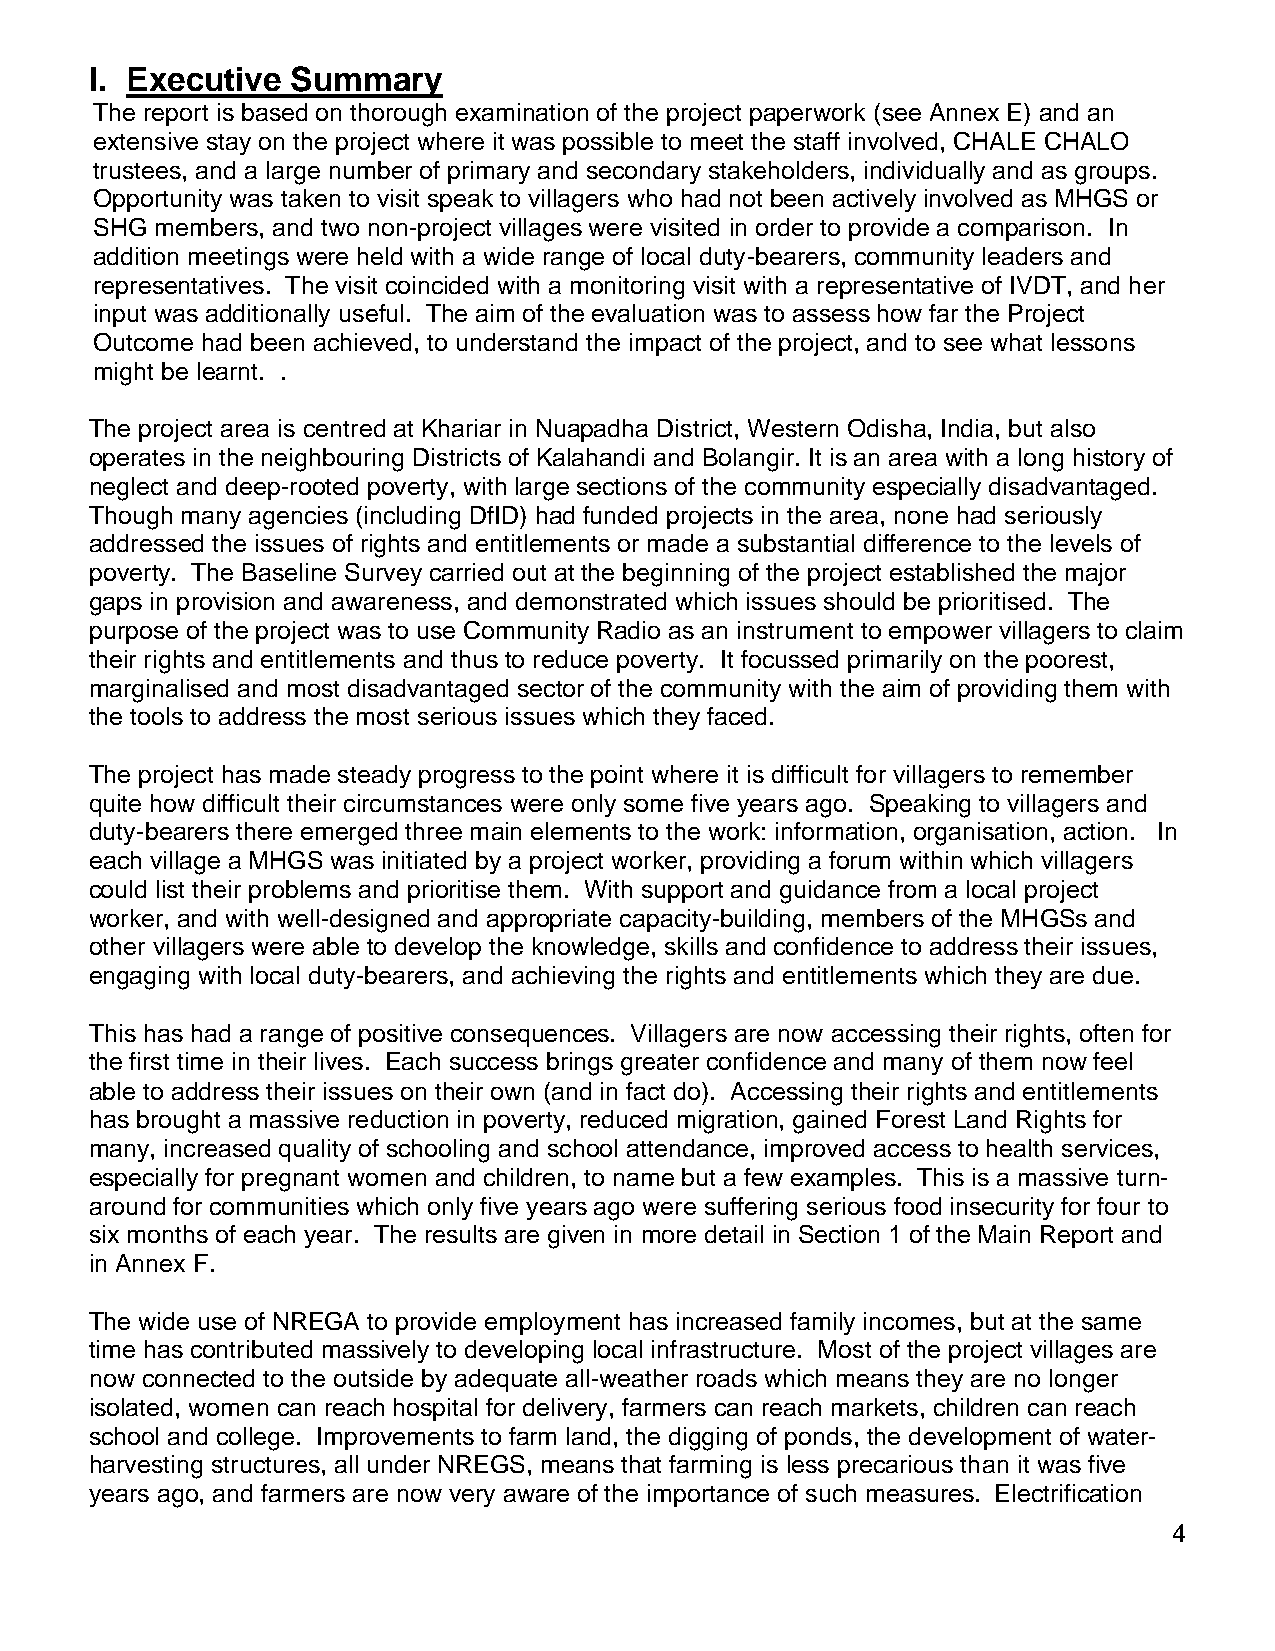
I. Executive Summary
 The report is based on thorough examination of the project paperwork (see Annex E) and an
 extensive stay on the project where it was possible to meet the staff involved, CHALE CHALO
 trustees, and a large number of primary and secondary stakeholders, individually and as groups.
 Opportunity was taken to visit speak to villagers who had not been actively involved as MHGS or
 SHG members, and two non-project villages were visited in order to provide a comparison. In
 addition meetings were held with a wide range of local duty-bearers, community leaders and
 representatives. The visit coincided with a monitoring visit with a representative of IVDT, and her
 input was additionally useful. The aim of the evaluation was to assess how far the Project
 Outcome had been achieved, to understand the impact of the project, and to see what lessons
 might be learnt. .
 The project area is centred at Khariar in Nuapadha District, Western Odisha, India, but also
 operates in the neighbouring Districts of Kalahandi and Bolangir. It is an area with a long history of
 neglect and deep-rooted poverty, with large sections of the community especially disadvantaged.
 Though many agencies (including DfID) had funded projects in the area, none had seriously
 addressed the issues of rights and entitlements or made a substantial difference to the levels of
 poverty. The Baseline Survey carried out at the beginning of the project established the major
 gaps in provision and awareness, and demonstrated which issues should be prioritised. The
 purpose of the project was to use Community Radio as an instrument to empower villagers to claim
 their rights and entitlements and thus to reduce poverty. It focussed primarily on the poorest,
 marginalised and most disadvantaged sector of the community with the aim of providing them with
 the tools to address the most serious issues which they faced.
 The project has made steady progress to the point where it is difficult for villagers to remember
 quite how difficult their circumstances were only some five years ago. Speaking to villagers and
 duty-bearers there emerged three main elements to the work: information, organisation, action. In
 each village a MHGS was initiated by a project worker, providing a forum within which villagers
 could list their problems and prioritise them. With support and guidance from a local project
 worker, and with well-designed and appropriate capacity-building, members of the MHGSs and
 other villagers were able to develop the knowledge, skills and confidence to address their issues,
 engaging with local duty-bearers, and achieving the rights and entitlements which they are due.
 This has had a range of positive consequences. Villagers are now accessing their rights, often for
 the first time in their lives. Each success brings greater confidence and many of them now feel
 able to address their issues on their own (and in fact do). Accessing their rights and entitlements
 has brought a massive reduction in poverty, reduced migration, gained Forest Land Rights for
 many, increased quality of schooling and school attendance, improved access to health services,
 especially for pregnant women and children, to name but a few examples. This is a massive turn-
 around for communities which only five years ago were suffering serious food insecurity for four to
 six months of each year. The results are given in more detail in Section 1 of the Main Report and
 in Annex F.
 The wide use of NREGA to provide employment has increased family incomes, but at the same
 time has contributed massively to developing local infrastructure. Most of the project villages are
 now connected to the outside by adequate all-weather roads which means they are no longer
 isolated, women can reach hospital for delivery, farmers can reach markets, children can reach
 school and college. Improvements to farm land, the digging of ponds, the development of water-
 harvesting structures, all under NREGS, means that farming is less precarious than it was five
 years ago, and farmers are now very aware of the importance of such measures. Electrification
 4